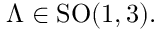
\Lambda \in \mathrm { S O } ( 1 , 3 ) .